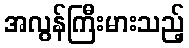
အလွန်ကြီးမားသည့်